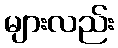
များလည်း